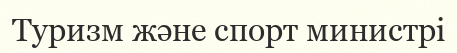
Туризм және спорт министрі